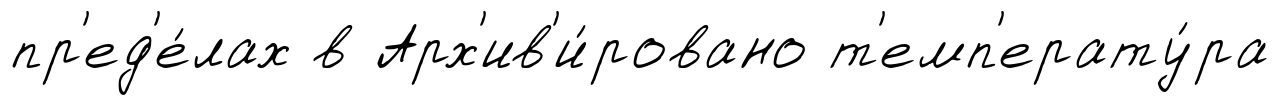
пр'ед'е́лах в Арх'ив'и́ровано т'емп'ерату́ра